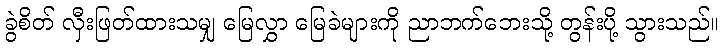
ခွဲစိတ် လှီးဖြတ်ထားသမျှ မြေလွှာ မြေခဲများကို ညာဘက်ဘေးသို့ တွန်းပို့ သွားသည်။